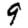
Digit: 9